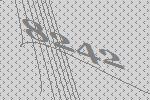
8242